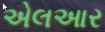
એલઆર